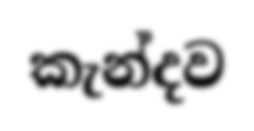
කැන්දව